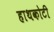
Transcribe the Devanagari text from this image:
हाथकोटी